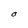
Character: O